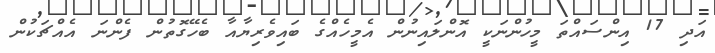
އަދި 17 އިންސައްތަ މީހުންނަކީ އޮންލައިނުން އެމީހެއްގެ ބައިވެރިޔާއާ ބެހޭގޮތުން ފެންނަ އެއްޗަކުން